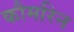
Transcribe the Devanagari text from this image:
कौमरिन